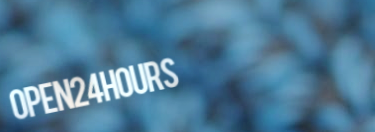
Open24Hours